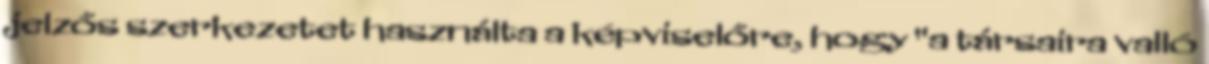
jelzős szerkezetet használta a képviselőre, hogy "a társaira valló